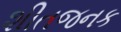
શીતજનક